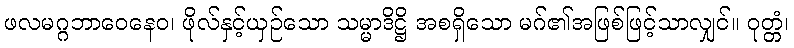
ဖလမဂ္ဂဘာဝေနေဝ၊ ဖိုလ်နှင့်ယှဉ်သော သမ္မာဒိဋ္ဌိ အစရှိသော မဂ်၏အဖြစ်ဖြင့်သာလျှင်။ ဝုတ္တံ၊